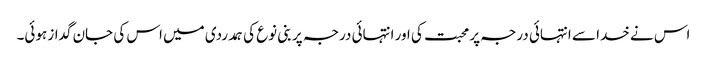
اس نے خدا سے انتہائی درجہ پر محبت کی اور انتہائی درجہ پر بنی نوع کی ہمدردی میں اس کی جان گداز ہوئی۔